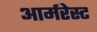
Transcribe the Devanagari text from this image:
आर्मरेस्ट